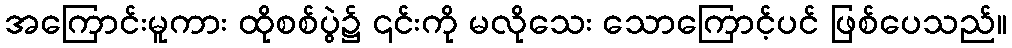
အကြောင်းမူကား ထိုစစ်ပွဲ၌ ၎င်းကို မလိုသေး သောကြောင့်ပင် ဖြစ်ပေသည်။